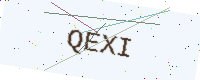
Text: QEXI